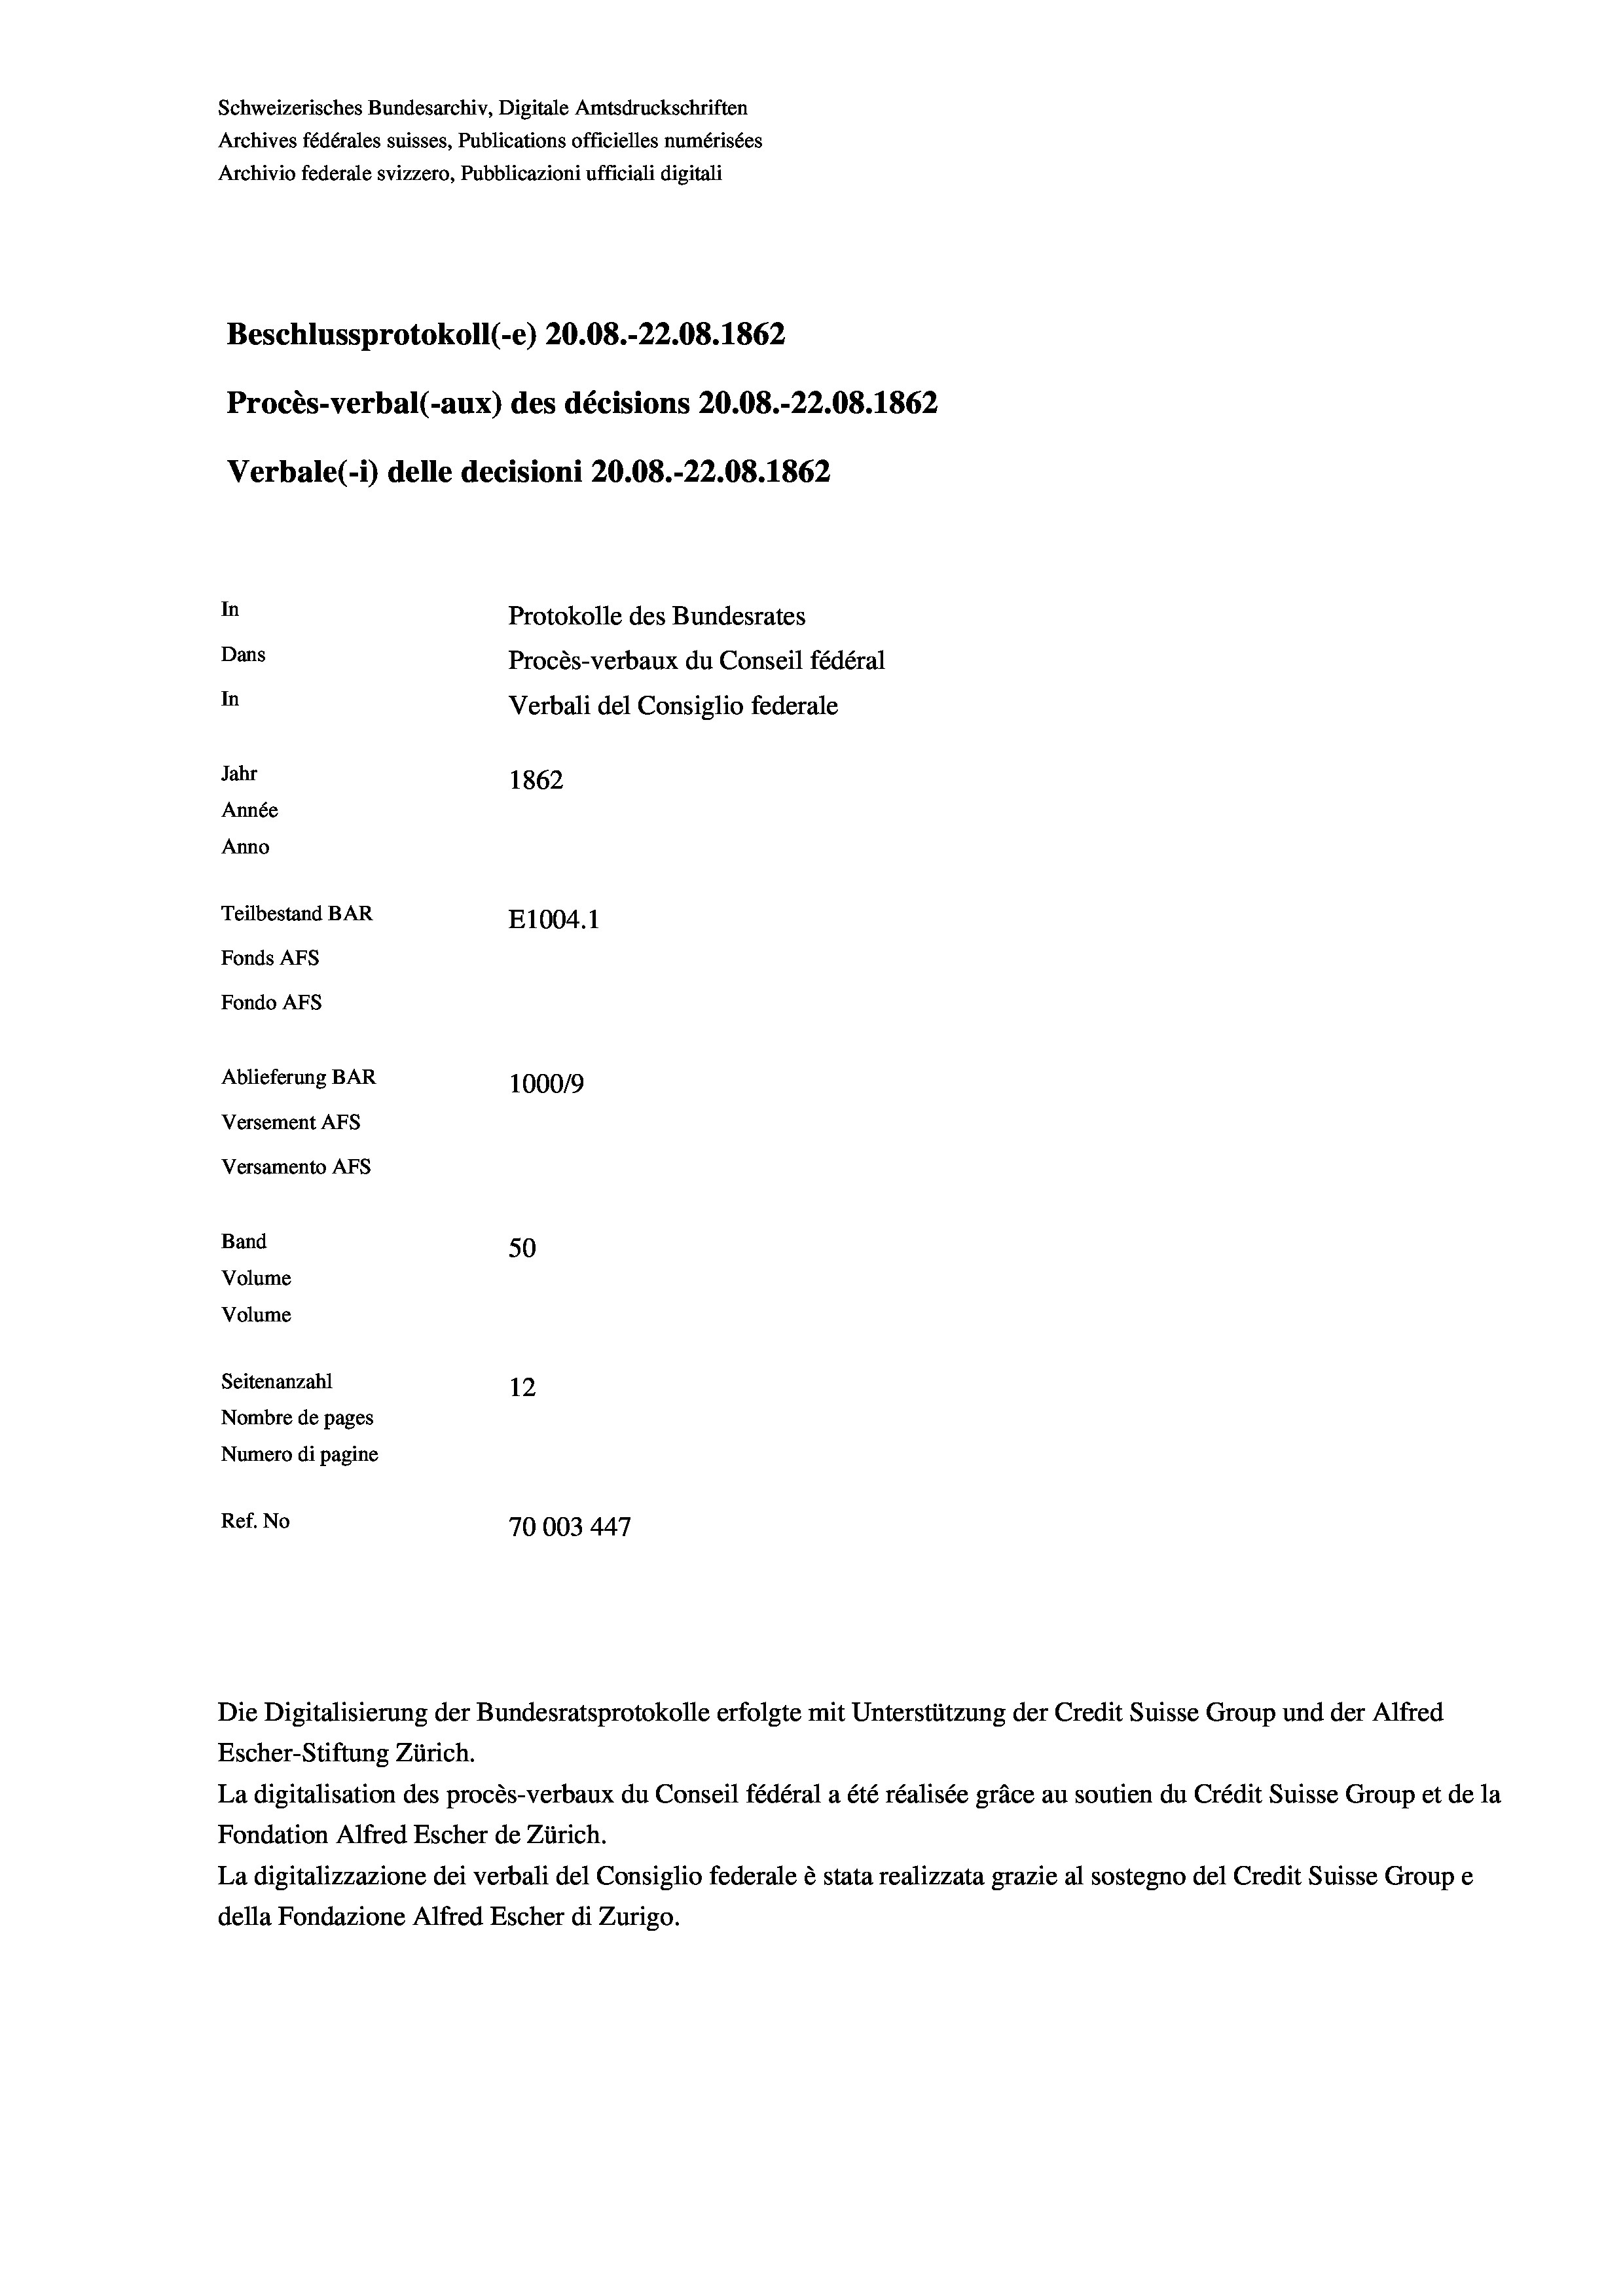
Schweizerisches Bundesarchiv, Digitale Amtsdruckschriften
Archives fédérales suisses, Publications officielles numérisées
Archivio federale svizzero, Pubblicazioni ufficiali digitali
Beschlussprotokoll (-e) 20.08.-22.08. 1862
Procès-verbal (-aux) des décisions 20.08.-22.08. 1862
Verbale (i) delle decisioni 20.08.-22.08. 1862
In
Protokolle des Bundesrates
Dans
Procès-verbaux du Conseil fédéral
In
Verbali del Consiglio federale
Jahr
1862
Année
Anno
Teilbestand BAR
E1004. 1
Fonds AFs
Fondo AFs
Ablieferung BAR
100019
Versement AFs
Versamento AFs
Band
50
Volume
Volume
Seitenanzahl
12
Nombre de pages
Numero di pagine
Ref. No
70003447

Escher-Stiftung Zürich.
La digitalisation des procès-verbaux du Conseil fédéral a été réalisée gräce au soutien du Crédit Suisse Group et de la
Fondation Alfred Escher de Zürich.
La digitalizzazione dei verbali del Consiglio federale è stata realizzata grazie al sostegno del Credit Suisse Groupe
della Fondazione Alfred Escher di Zurigo.

Die Digitalisierung der Bundesratsprotokolle erfolgte mit Unterstützung der Credit Suisse Group und der Alfred